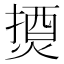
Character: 𰟇